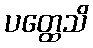
ပတ္ထေသိ